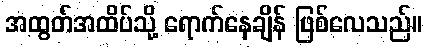
အထွတ်အထိပ်သို့ ရောက်နေချိန် ဖြစ်လေသည်။